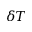
\delta T